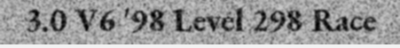
3.0 V6 '98 Level 298 Race